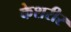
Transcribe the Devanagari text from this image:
केशरीर